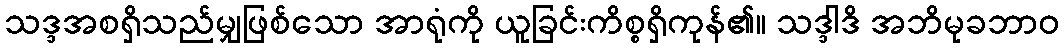
သဒ္ဒအစရှိသည်မျှဖြစ်သော အာရုံကို ယူခြင်းကိစ္စရှိကုန်၏။ သဒ္ဒါဒိ အဘိမုခဘာဝ